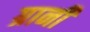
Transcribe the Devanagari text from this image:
ग्रानी